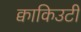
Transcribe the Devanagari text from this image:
क्वाकिउटी